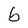
Character: b